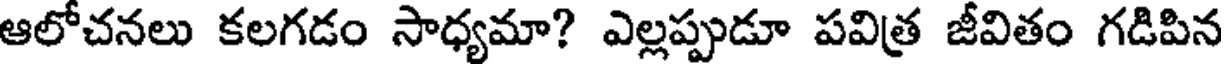
ఆలోచనలు కలగడం సాధ్యమా? ఎల్లప్పుడూ పవిత్ర జీవితం గడిపిన